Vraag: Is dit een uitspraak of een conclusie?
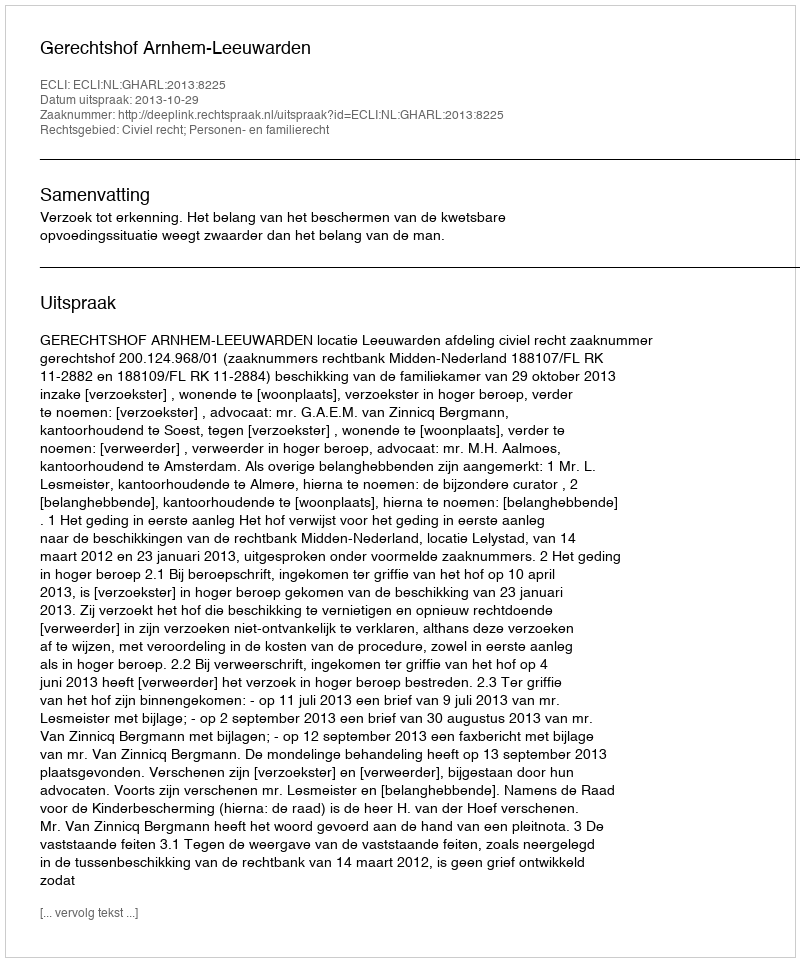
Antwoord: Uitspraak